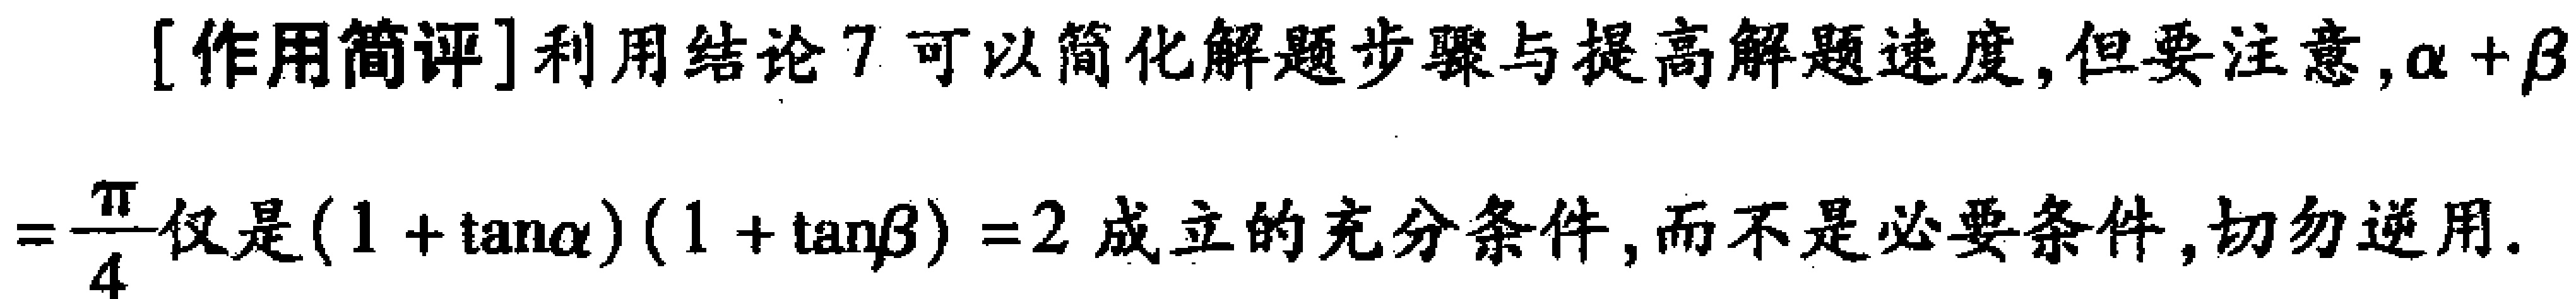
[作用简评]利用结论7可以简化解题步骤与提高解题速度,但要注意,$\alpha+\beta$ $=\frac{\pi}{4}$仅是$(1 + \tan\alpha)(1 + \tan\beta)=2$ 成立的充分条件,而不是必要条件,切勿逆用.